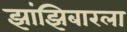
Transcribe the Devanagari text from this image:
झांझिबारला